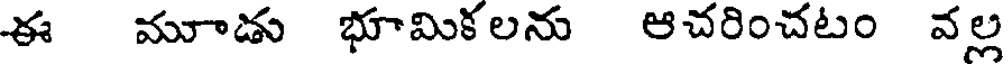
ఈ మూడు భూమికలను ఆచరించటం వల్ల